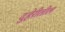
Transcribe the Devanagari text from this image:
दुहेरीतील